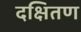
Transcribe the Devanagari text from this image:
दक्षितण